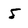
Character: 5